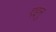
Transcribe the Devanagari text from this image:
एइनु